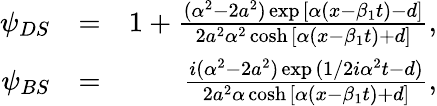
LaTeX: \begin{array}{rlr}{\psi_{DS}}&{=}&{1+\frac{(\alpha^{2}-2a^{2})\exp{[\alpha(x-\beta_{1}t)-d]}}{2a^{2}\alpha^{2}\cosh{[\alpha(x-\beta_{1}t)+d]}},}\\ {\psi_{BS}}&{=}&{\frac{i(\alpha^{2}-2a^{2})\exp{(1/2i\alpha^{2}t-d)}}{2a^{2}\alpha\cosh{[\alpha(x-\beta_{1}t)+d]}},}\end{array}